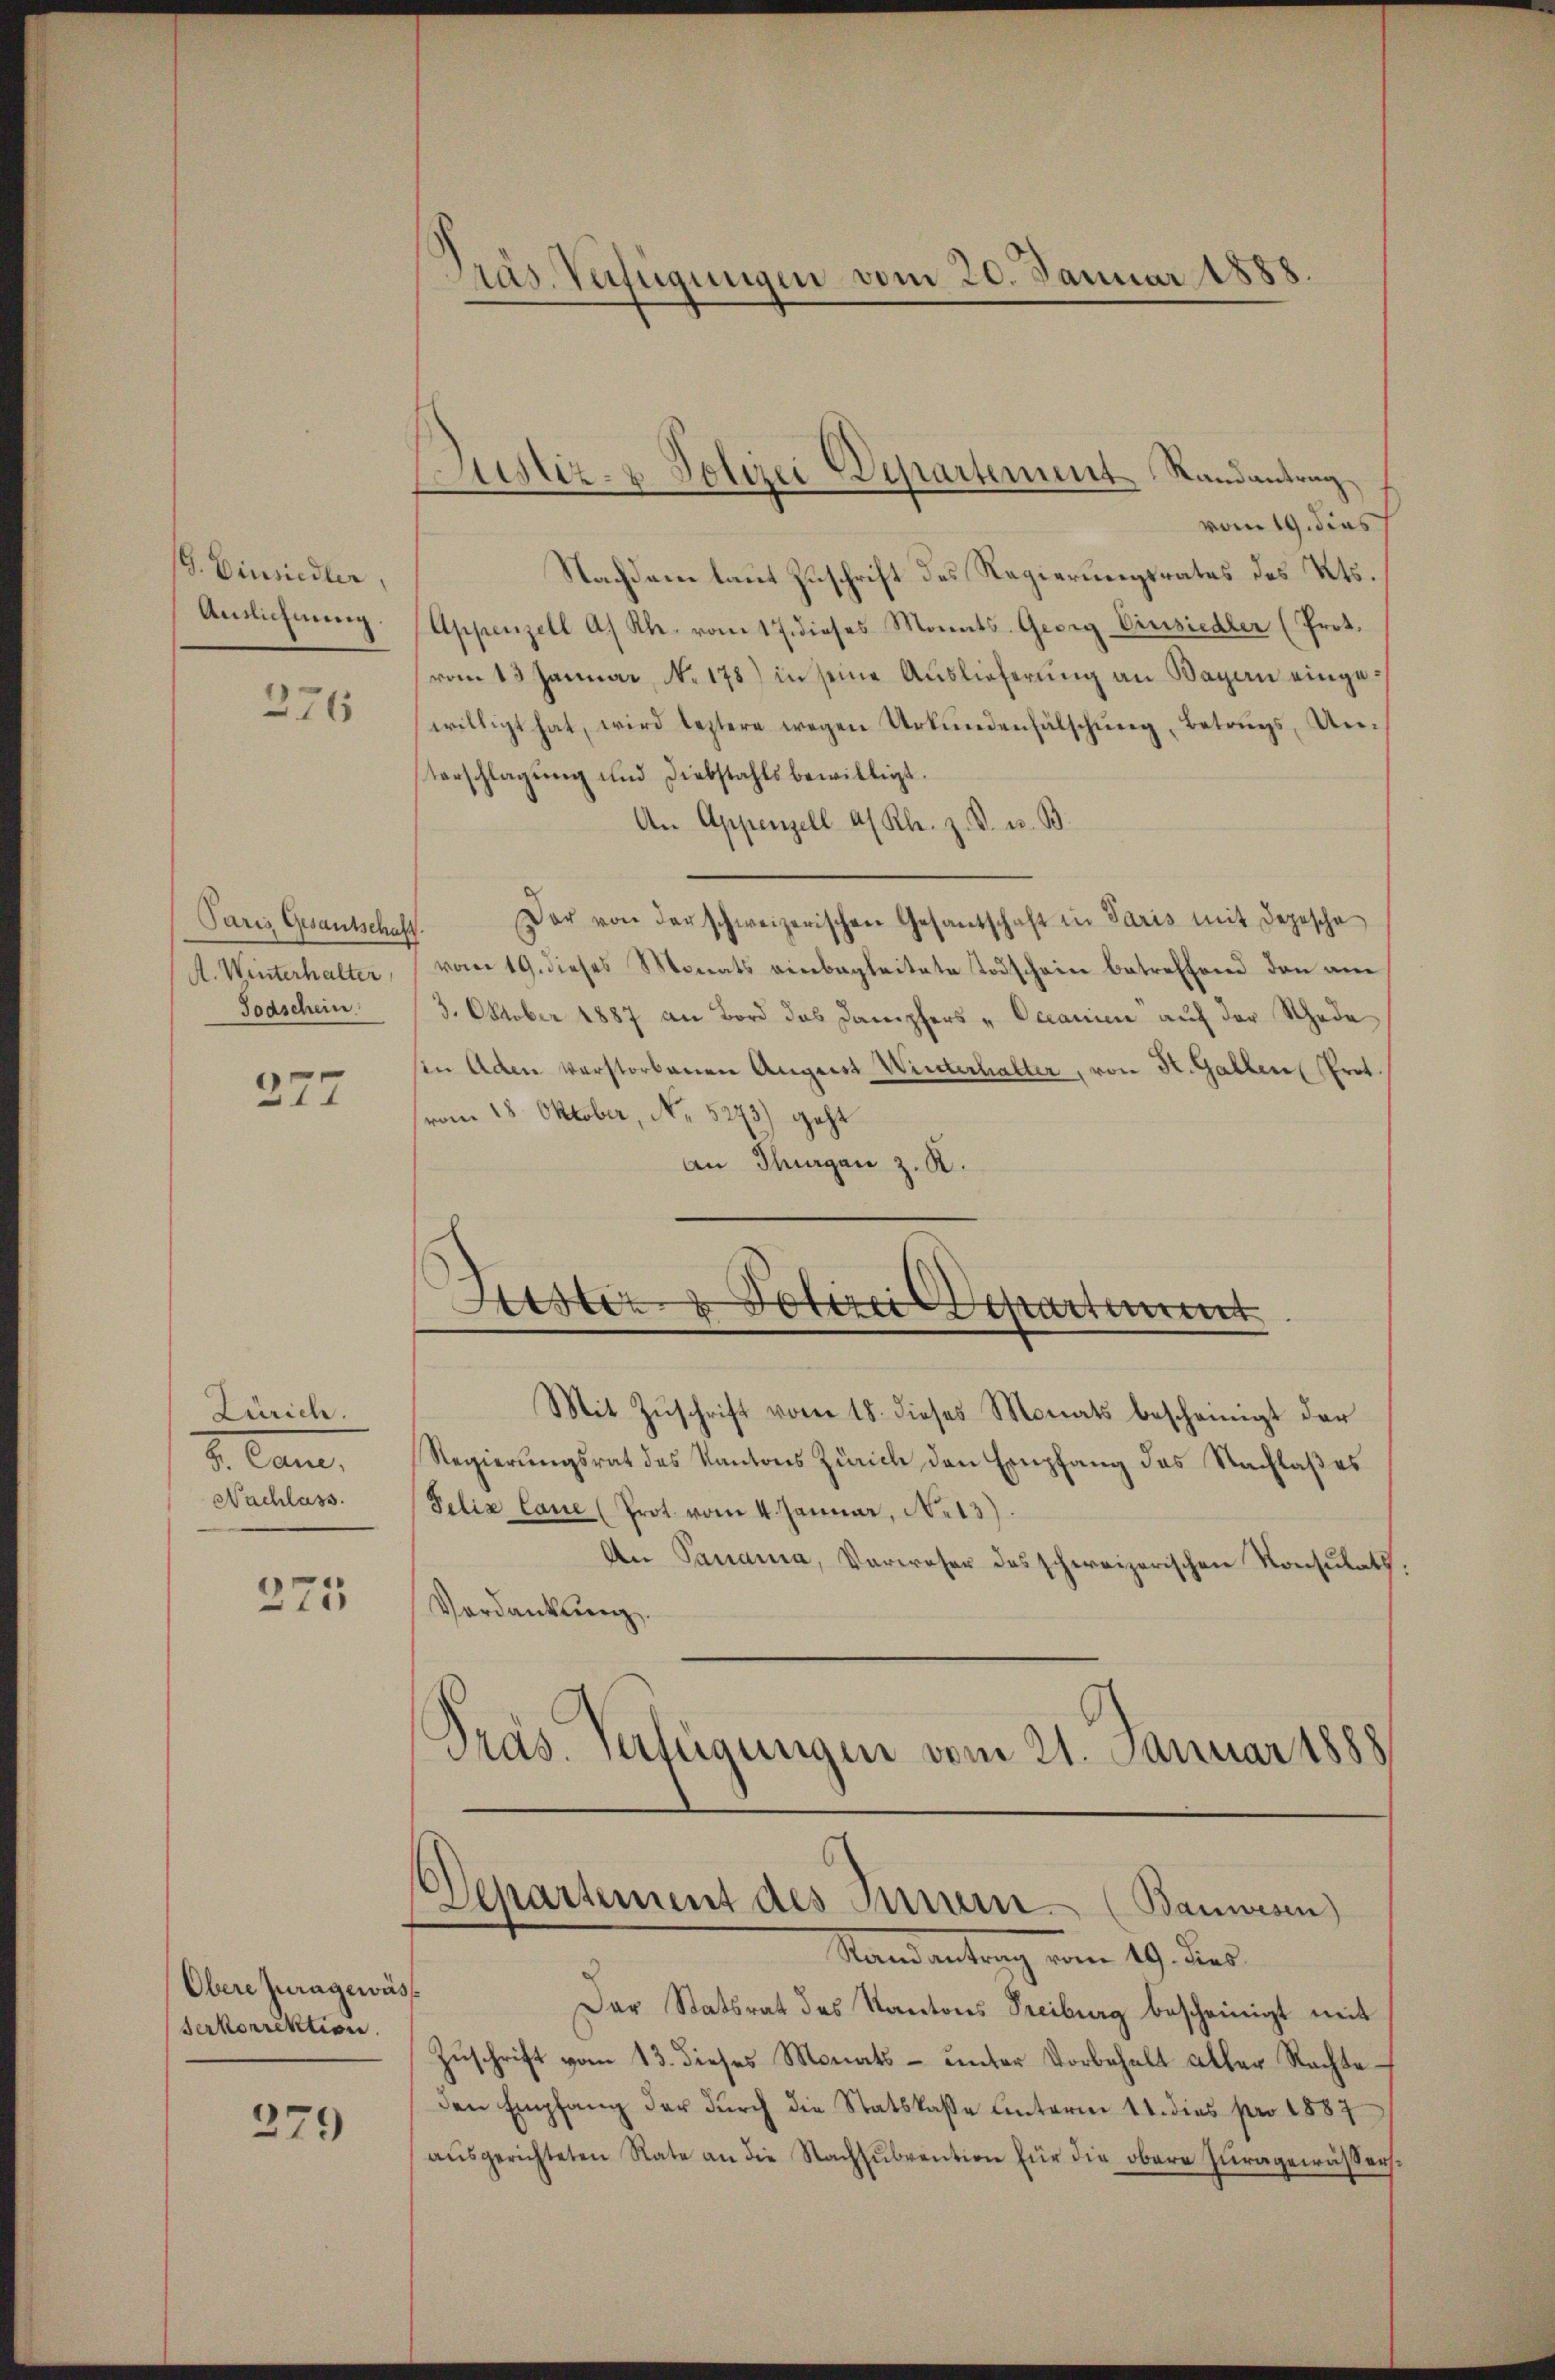
G. Einsiedler,
Auslichnung.

276

Paris Gesantschaft
A. Winterhalter
Toaschein

277

Zürich.
2. Cance.
Nachlass.

275

Obere juragewäss
Serkorrektion.

279

Präs. Verfügungen vom 20. Januar 1888.

Sistiz- & Polizei Departement Randantrag

vom 19. dies
Nachdem laut Zuschrift des Regierungsrates des Kts.
Appenzell A. Kl. vom 17. dieses Monats- Georg Einsiedler (Prot.
vom 13 Januar, No. 178) in seine Auslieferung an Wagen eingewilligt hat, wird leztere wegen Urkundenfälschung, Betrugs, Unterschlagung und Diebstahls bewilligt.
An Appenzell a/ Kl. z. B. u. B
Dar von der schweizerischen Gesantschaft in Paris mit Depesche
vom 19. dieses Monats einbegleitete Todschein betreffend den am
3. October 1887 an Bord das Dampfers „Oceanien auf der Schade
in Aden verstorbenen August Winterhalter, von K. Gallen Prot.
(vom 18. Oktober, No. 5273) geht
an Thurgan z. R.
Kister, 1 Votire Departement
Mit Zŭschrift vom 18. dieses Monats bescheinigt der
Regierŭngsrat des Kantons Zürich den Empfang des Nachlaßes
Felix laue (Prot. vom 4. Januar, No 13)
An Panana, Verweser des schweizerischen Konsulats.
Verdankung.
Präs. Verfügungen vom 21. Januar 1888

Departement des Innern (Bauwesen)
Stand antrag vom 19. des

Der Statsrat des Kantons Freiburg bescheinigt mit
Zŭschrift vom 13. dieses Monats- unter Vorbehalt aller Rechteden Empfang der durch die Statskasse Unterm 11. dies pro 1887
aŭsgerichteten Rate an die Nachsubvention für die obere Juragewässers¬